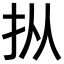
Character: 𪭢